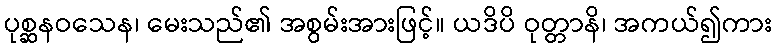
ပုစ္ဆနဝသေန၊ မေးသည်၏ အစွမ်းအားဖြင့်။ ယဒိပိ ဝုတ္တာနိ၊ အကယ်၍ကား